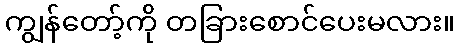
ကျွန်တော့်ကို တခြားစောင်ပေးမလား။